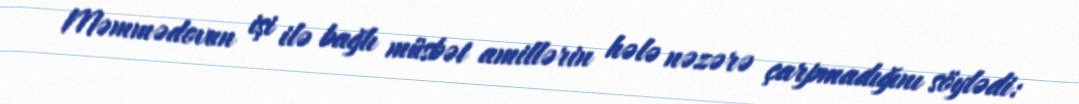
Məmmədovun işi ilə bağlı müsbət amillərin hələ nəzərə çarpmadığını söylədi: